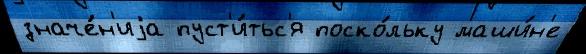
значе́н'иjа пуст'и́тьс'я поско́льку маши́н'е